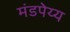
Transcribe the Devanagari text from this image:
मंडपेय्य